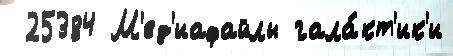
 25384 М'ед'иафайлы гала́кт'ик'и